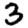
Digit: 3